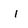
Character: I